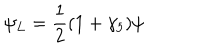
LaTeX: \psi _ { L } = \frac { 1 } { 2 } ( 1 + \gamma _ { 5 } ) \psi